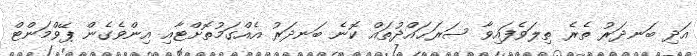
އަދި ބަނދަރު ތެރެ ތިލަވެފައިވާ ސަރަޙައްދުތައް ކޮނެ ބަނދަރު އެއްގަމުތޮށްޓާއި އިންވެގެން ޕޭވްމަންޓް